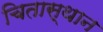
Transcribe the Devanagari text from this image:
चितास्थान